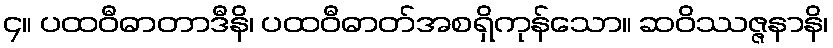
၄။ ပထဝီဓာတာဒီနိ၊ ပထဝီဓာတ်အစရှိကုန်သော။ ဆဝိဿဇ္ဇနာနိ၊